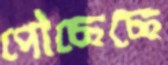
পৌছেছে